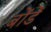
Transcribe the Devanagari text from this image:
बोंडें